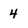
Character: 4